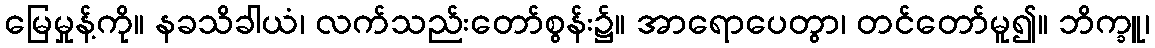
မြေမှုန့်ကို။ နခသိခါယံ၊ လက်သည်းတော်စွန်း၌။ အာရောပေတွာ၊ တင်တော်မူ၍။ ဘိက္ခူ၊